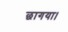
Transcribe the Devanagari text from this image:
छागया।